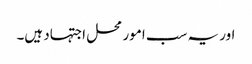
اور یہ سب امور محل اجتہاد ہیں۔